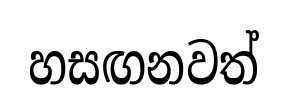
හසඟනවත්